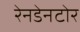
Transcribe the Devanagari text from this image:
रेनडेनटोर